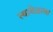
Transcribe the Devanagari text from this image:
त्यावेळाला